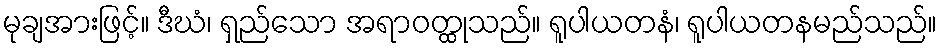
မုချအားဖြင့်။ ဒီဃံ၊ ရှည်သော အရာဝတ္ထုသည်။ ရူပါယတနံ၊ ရူပါယတနမည်သည်။